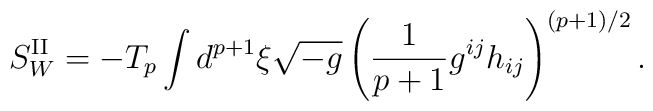
S^{{\rm II}}_{W}=-T_{p}\int d^{p+1}{\xi}\sqrt{-g}\left(\frac{1}{p+1}g^{ij}h_{ij}\right)^{(p+1)/2}.